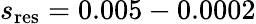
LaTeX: s_{\mathrm{res}}=0.005-0.0002